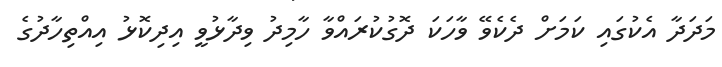
މަދަދާ އެކުގައި ކަމަށް ދެކެވޭ ވާހަކަ ދޮގުކުރައްވާ ހާމިދު ވިދާޅުވީ އިދިކޮޅު އިއްތިހާދުގެ